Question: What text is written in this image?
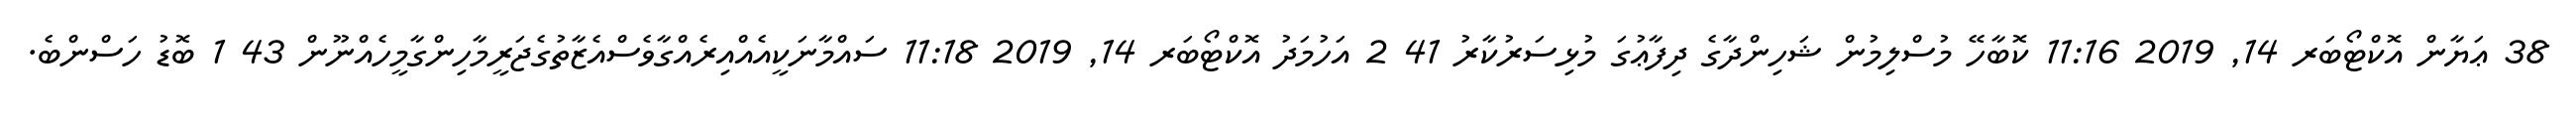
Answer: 38 ޢަޔާން އޮކްޓޯބަރ 14, 2019 11:16 ކޮބާހޭ މުސްލިމުން ޝަހިންދާގެ ދިފާޢުގަ މުޅިސަރުކާރު 41 2 އަހުމަދު އޮކްޓޯބަރ 14, 2019 11:18 ސައްމާނަކީއެއްއިރެއްގާވެސްއެޒާތުގެޖަރީމާހިންގާމީހެއްނޫން 43 1 ބޮޑު ހަސްންބެ.